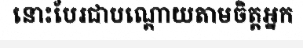
នោះបែរជាបណ្តោយតាមចិត្តអ្នក